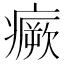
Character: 𤺤